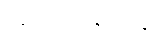
ပရိဝီမံသနုပါဒါနံ